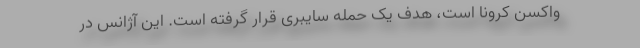
واکسن کرونا است، هدف یک حمله سایبری قرار گرفته است. این آژانس در